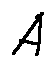
A